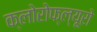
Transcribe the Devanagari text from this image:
क्लोरोफ्ल्यूरो